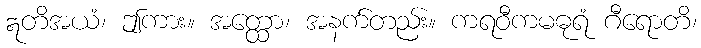
ဣတိအယံ၊ ဤကား။ အတ္ထော၊ အနက်တည်း။ ကရဝီကမဓုရံ ဂီရောတိ၊